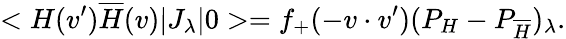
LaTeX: <H(v^{\prime})\overline{{H}}(v)|J_{\lambda}|0>=f_{+}(-v\cdot v^{\prime})(P_{H}-P_{\overline{{H}}})_{\lambda}.